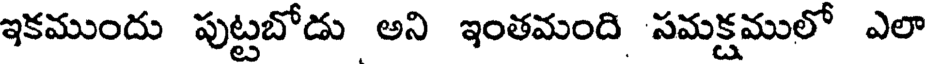
ఇకముందు పుట్టబోడు అని ఇంతమంది సమక్షములో ఎలా